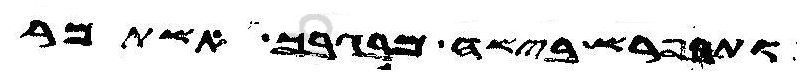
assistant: ותפרש בישה מבגבך אשתמר